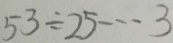
5 3 \div 2 5 \cdots 3